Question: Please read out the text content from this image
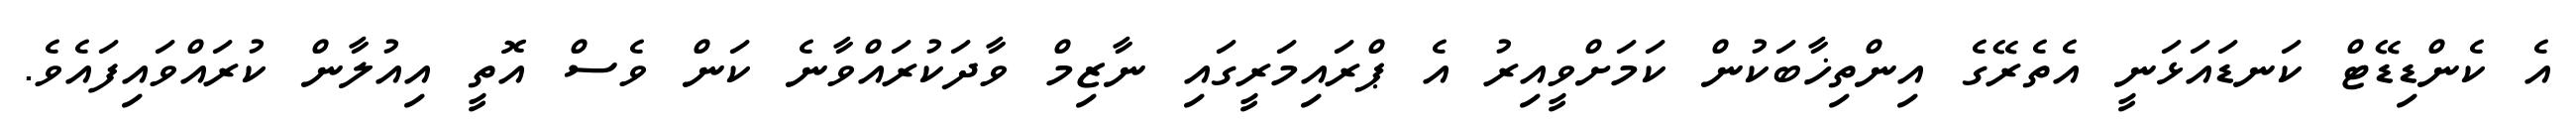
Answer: އެ ކެންޑިޑޭޓް ކަނޑައަޅަނީ އެތެރޭގެ އިންތިޚާބަކުން ކަމަށްވީއިރު އެ ޕްރައިމަރީގައި ނާޒިމް ވާދަކުރައްވާނެ ކަން ވެސް އޮތީ އިއުލާން ކުރައްވައިފައެވެ.